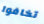
تخافوا